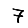
Digit: 7